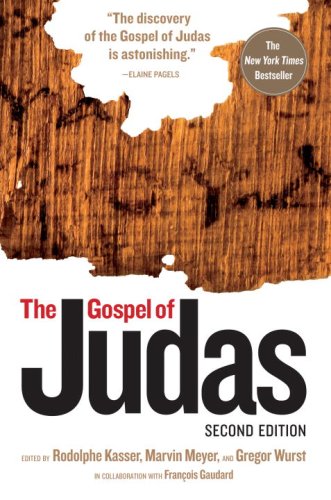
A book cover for The Gospel of Judas, Second Edition; Christian Books & Bibles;